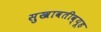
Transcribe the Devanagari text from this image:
सुखावतीव्यूह